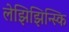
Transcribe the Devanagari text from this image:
लेझिझिन्स्कि